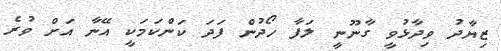
ޒިޔާދު ވިދާޅުވީ ގާނޫނީ ލަފާ ހޯދުން ފަދަ ކަންކަމަކީ އޭނާ އަށް ވުރެ